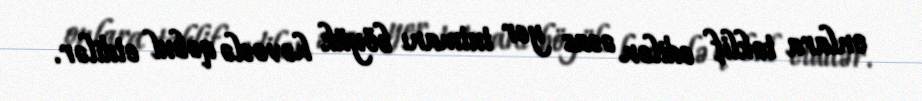
onlara təklif edilən əsas yer tutmanı böyük həvəslə qəbul etdilər.